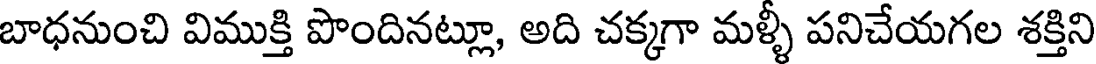
బాధనుంచి విముక్తి పొందినట్లూ, అది చక్కగా మళ్ళీ పనిచేయగల శక్తిని